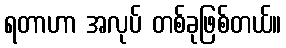
ရတာဟာ အလုပ် တစ်ခုဖြစ်တယ်။